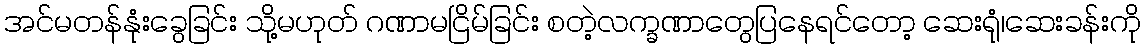
အင်မတန်နုံးခွေခြင်း သို့မဟုတ် ဂဏာမငြိမ်ခြင်း စတဲ့လက္ခဏာတွေပြနေရင်တော့ ဆေးရုံ၊ဆေးခန်းကို